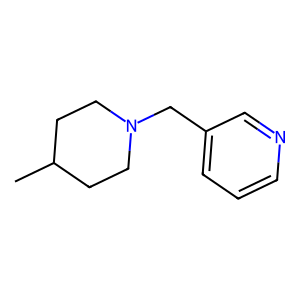
SMILES: CC1CCN(Cc2cccnc2)CC1
Inhibits HIV replication: No